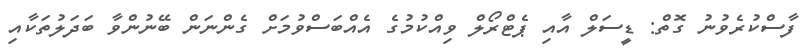
ފާސްކުރެވުނު ގޮތް: ޑީސަލް އާއި ޕެޓްރޯލް ވިއްކުމުގެ އެއްބަސްވުމަށް ގެންނަން ބޭނުންވާ ބަދަލުތަކާއި